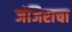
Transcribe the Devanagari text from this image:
जंजिराचा